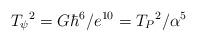
LaTeX: \begin{align*}T_{\psi}{}^{2}=G\hbar^{6}/e^{10}=T_{P}{}^{2}/\alpha^{5}\end{align*}